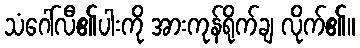
သံဂေါ်လီ၏ပါးကို အားကုန်ရိုက်ချ လိုက်၏။